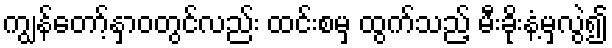
ကျွန်တော့်နှာဝတွင်လည်း ထင်းစမှ ထွက်သည့် မီးခိုးနံ့မှလွဲ၍